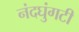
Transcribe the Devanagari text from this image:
नंदघुंगटी